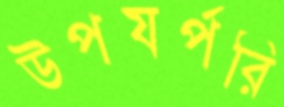
উপযর্পরি